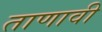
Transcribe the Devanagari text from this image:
ताणावी